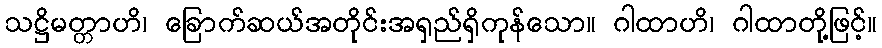
သဋ္ဌိမတ္တာဟိ၊ ခြောက်ဆယ်အတိုင်းအရှည်ရှိကုန်သော။ ဂါထာဟိ၊ ဂါထာတို့ဖြင့်။